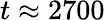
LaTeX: t\approx 2700